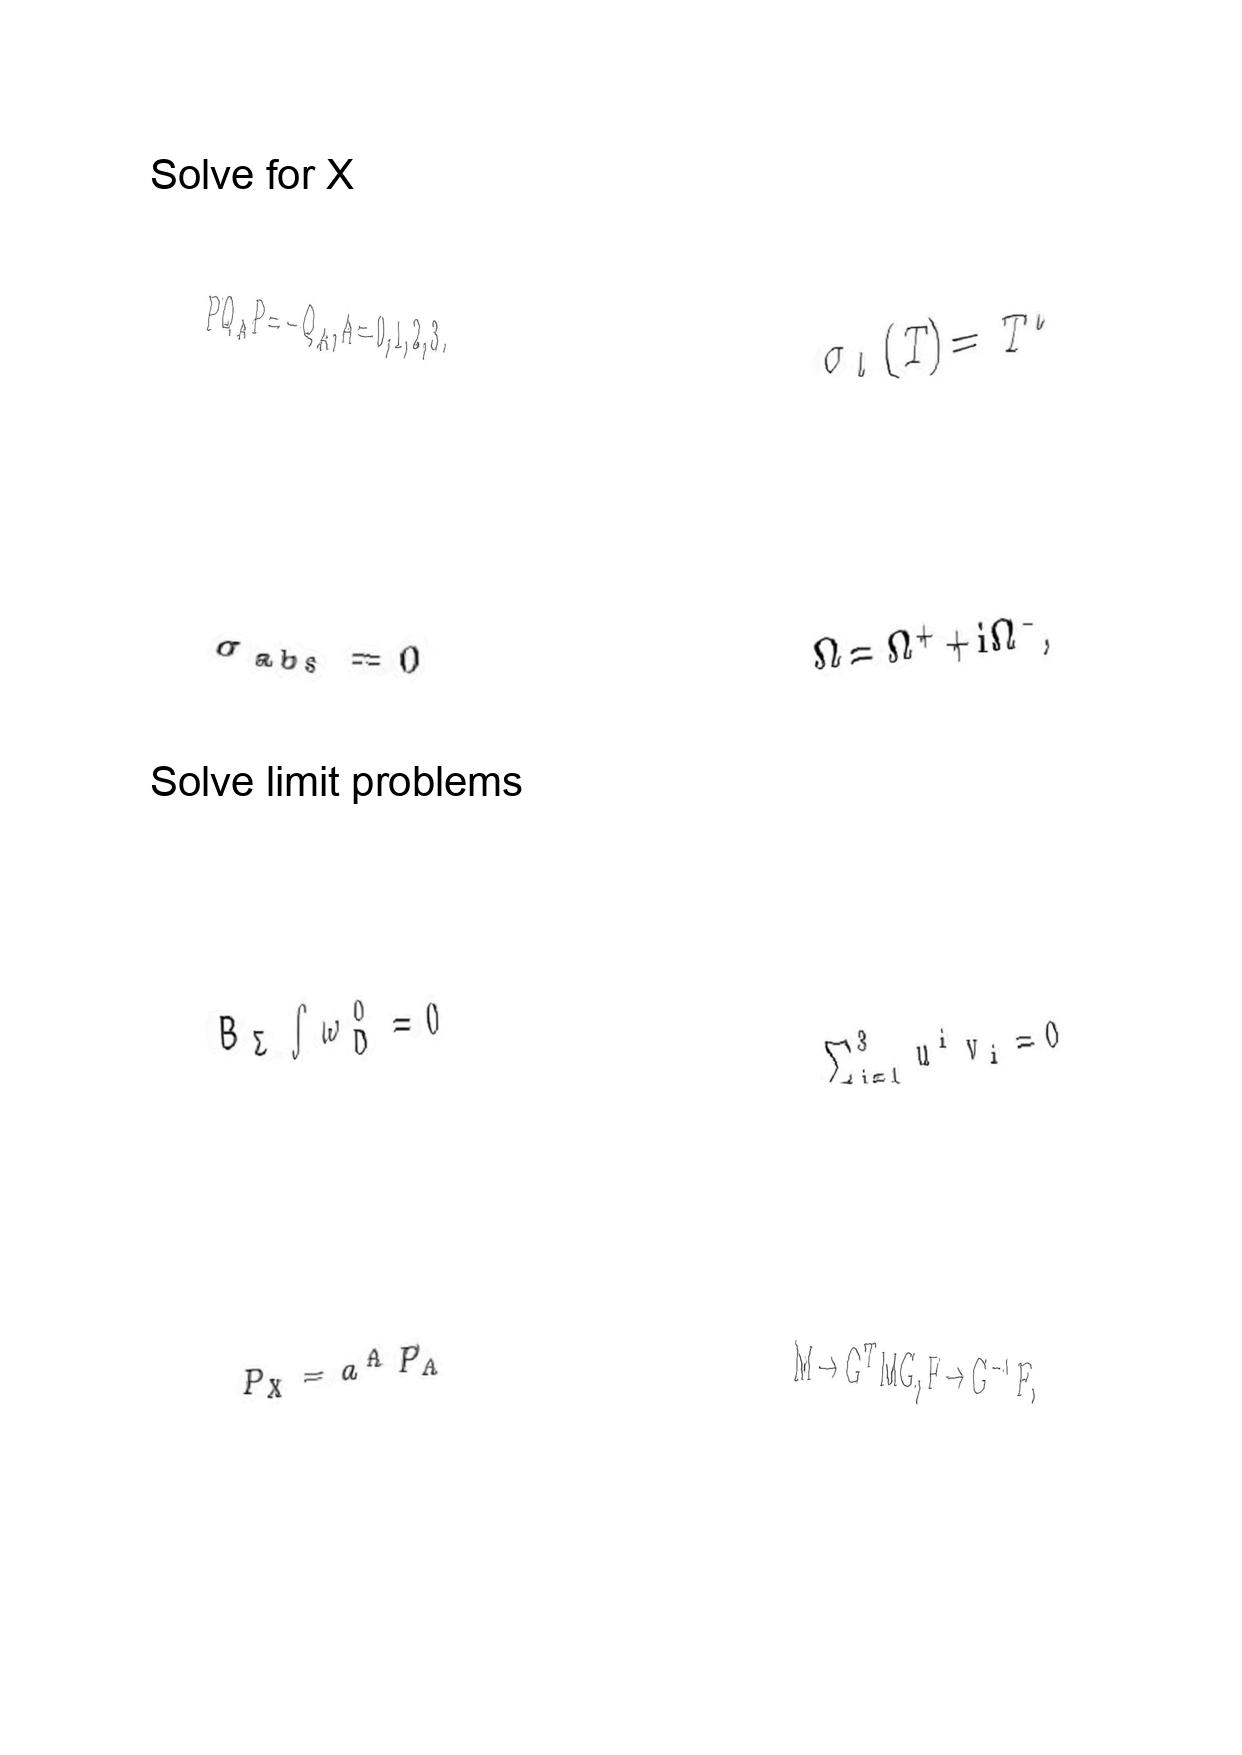
LaTeX transcription:
P Q _ { A } P = - Q _ { A } , A = 0 , 1 , 2 , 3 .
\sigma _ { \mathrm { a b s } } = 0
B _ { \Sigma } \int \omega _ { D } ^ { 0 } = 0
P _ { X } = a ^ { \Lambda } P _ { \Lambda }
\sigma _ { l } \lparen T \rparen = T ^ { l }
\Omega = \Omega ^ { + } + i \Omega ^ { - } ,
\sum _ { i = 1 } ^ { 3 } u ^ { i } v _ { i } = 0
M \to G ^ { T } M G , F \to G ^ { - 1 } F ,